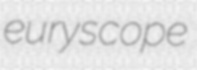
euryscope